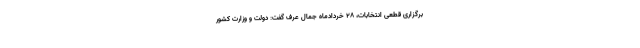
برگزاری قطعی انتخابات، ۲۸ خردادماه جمال عرف گفت: دولت و وزارت کشور